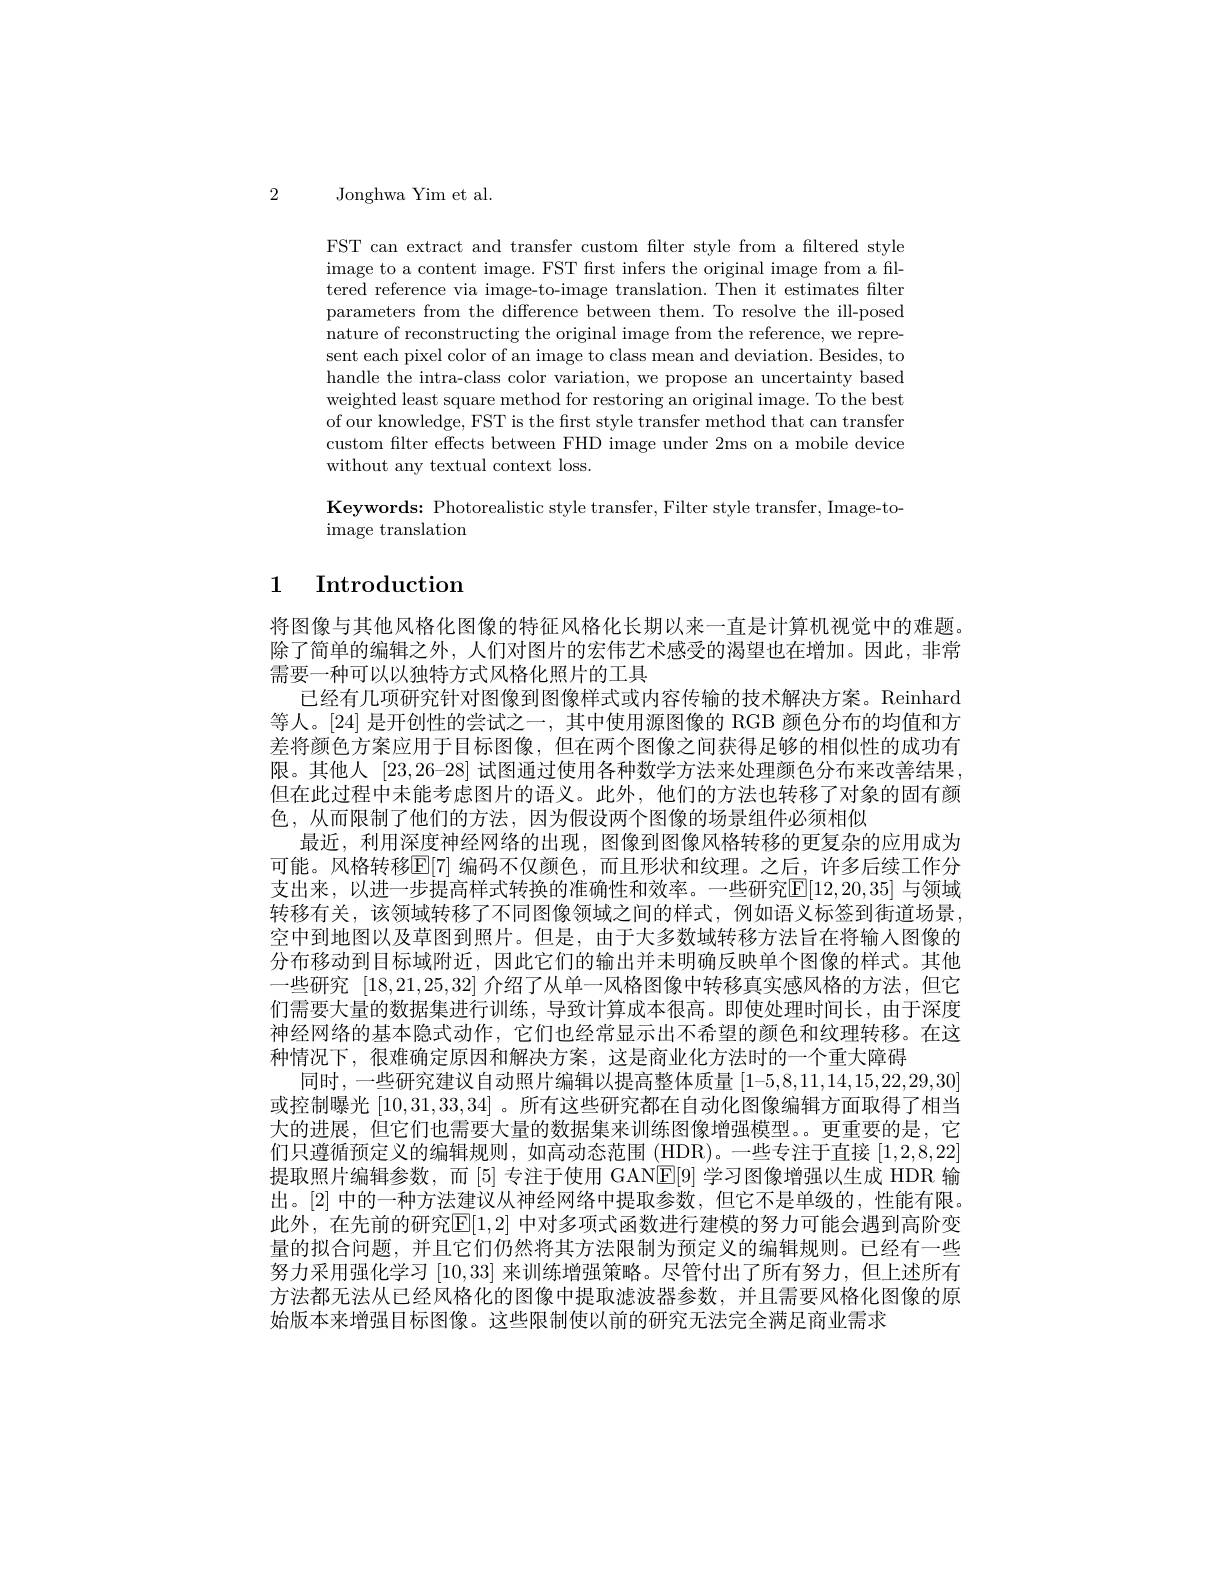
2

Jonghwa Yim et al.

FST can extract and transfer custom filter style from a filtered style image to a content image. FST first infers the original image from a filtered reference via image-to-image translation. Then it estimates filter parameters from the difference between them. To resolve the ill-posed nature of reconstructing the original image from the reference, we represent each pixel color of an image to class mean and deviation. Besides, to handle the intra-class color variation, we propose an uncertainty based weighted least square method for restoring an original image. To the best of our knowledge, FST is the first style transfer method that can transfer custom filter effects between FHD image under 2ms on a mobile device without any textual context loss.

Keywords: Photorealistic style transfer, Filter style transfer, Image-to-
${\mathrm{image~translation}}$

# 1 Introduction

将图像与其他风格化图像的特征风格化长期以来一直是计算机视觉中的难题。除了简单的编辑之外，人们对图片的宏伟艺术感受的渴望也在增加。因此，非常需要一种可以以独特方式风格化照片的工具
已经有几项研究针对图像到图像样式或内容传输的技术解决方案。Reinhard 等人。[24] 是开创性的尝试之一，其中使用源图像的 RGB 颜色分布的均值和方差将颜色方案应用于目标图像，但在两个图像之间获得足够的相似性的成功有限。其他人[23,26-28]试图通过使用各种数学方法来处理颜色分布来改善结果， 但在此过程中未能考虑图片的语义。此外，他们的方法也转移了对象的固有颜色，从而限制了他们的方法，因为假设两个图像的场景组件必须相似
最近，利用深度神经网络的出现，图像到图像风格转移的更复杂的应用成为可能。风格转移$\mathbb{E}[7]$ 编码不仅颜色，而且形状和纹理。之后，许多后续工作分支出来，以进一步提高样式转换的准确性和效率。一些研究$\mathbb{E}[12,20,35]$ 与领域转移有关，该领域转移了不同图像领域之间的样式，例如语义标签到街道场景， 空中到地图以及草图到照片。但是，由于大多数域转移方法旨在将输入图像的分布移动到目标域附近，因此它们的输出并未明确反映单个图像的样式。其他一些研究[18,21,25,32]介绍了从单一风格图像中转移真实感风格的方法，但它们需要大量的数据集进行训练，导致计算成本很高。即使处理时间长，由于深度神经网络的基本隐式动作，它们也经常显示出不希望的颜色和纹理转移。在这种情况下，很难确定原因和解决方案，这是商业化方法时的一个重大障碍
同时，一些研究建议自动照片编辑以提高整体质量[1-5,8,11,14,15,22,29,30] 或控制曝光[10,31,33,34] 。所有这些研究都在自动化图像编辑方面取得了相当大的进展，但它们也需要大量的数据集来训练图像增强模型。更重要的是，它们只遵循预定义的编辑规则，如高动态范围(HDR)。一些专注于直接[1,2,8,22] 提取照片编辑参数，而[5]专注于使用 GANE[9] 学习图像增强以生成 HDR 输出。[2] 中的一种方法建议从神经网络中提取参数，但它不是单级的，性能有限。此外，在先前的研究$\mathbb{E}[1,2]$ 中对多项式函数进行建模的努力可能会遇到高阶变量的拟合问题，并且它们仍然将其方法限制为预定义的编辑规则。已经有一些努力采用强化学习[10,33]来训练增强策略。尽管付出了所有努力，但上述所有方法都无法从已经风格化的图像中提取滤波器参数，并且需要风格化图像的原始版本来增强目标图像。这些限制使以前的研究无法完全满足商业需求